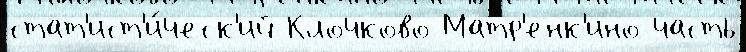
стат'ист'и́ческ'ий Клочково Матр'енк'ино часть